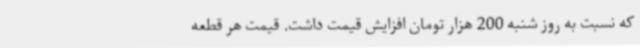
که نسبت به روز شنبه 200 هزار تومان افزایش قیمت داشت. قیمت هر قطعه